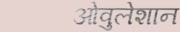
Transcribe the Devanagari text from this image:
ओवुलेशान